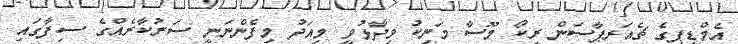
އެމްޑީޕީގެ ޗެއަރޕާސަން ރީކޯ މޫސާ މަނިކު ވިދާޅުވީ މިއަދު މިފެންނަނީ ސަރުކާރެއްގެ ސިފާގައި